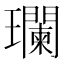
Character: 瓓